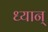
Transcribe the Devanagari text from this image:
ध्यान्